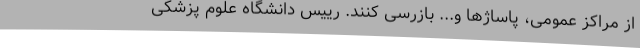
از مراکز عمومی، پاساژها و... بازرسی کنند. رییس دانشگاه علوم پزشکی